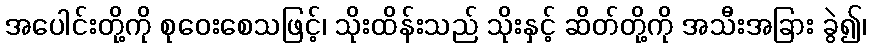
အပေါင်းတို့ကို စုဝေးစေသဖြင့်၊ သိုးထိန်းသည် သိုးနှင့် ဆိတ်တို့ကို အသီးအခြား ခွဲ၍၊